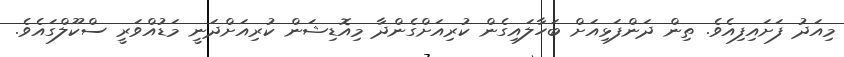
މިއަދު ފަށައިފިއެވެ. ތިން ދަންފަޅިއަށް ބަހާލައިގެން ކުރިއަށްގެންދާ މިއޮޑިޝަން ކުރިއަށްދަނީ މަޑުއްވަރީ ސްކޫލްގައެވެ.